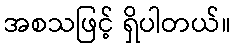
အစသဖြင့် ရှိပါတယ်။